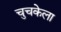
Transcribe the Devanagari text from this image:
चुचकेला